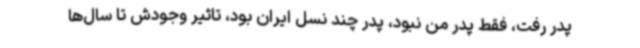
پدر رفت، فقط پدر من نبود، پدر چند نسل ایران بود، تاثیر وجودش تا سال‌ها